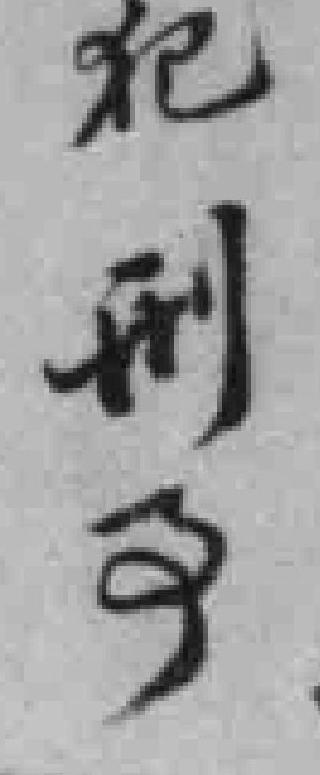
犯刑事